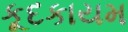
કૂદકાયમ